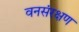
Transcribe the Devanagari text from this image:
वनसंरक्षण